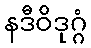
နဒီဝိဒုဂ္ဂံ